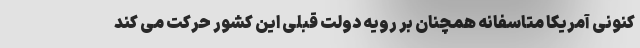
کنونی آمریکا متاسفانه همچنان بر رویه دولت قبلی این کشور حرکت می کند